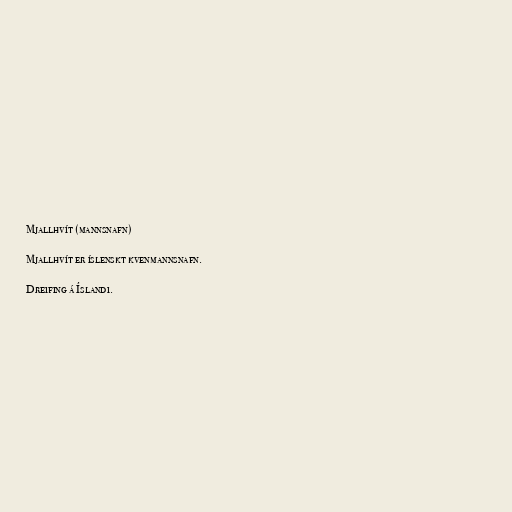
Mjallhvít (mannsnafn)

Mjallhvít er íslenskt kvenmannsnafn.

Dreifing á Íslandi.